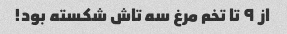
از ۹ تا تخم مرغ سه تاش شکسته بود!